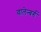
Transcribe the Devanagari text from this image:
वालेन्बर्ग